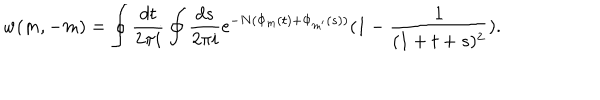
LaTeX: w ( m , - m ) = \oint \frac { d t } { 2 \pi i } \oint \frac { d s } { 2 \pi i } \mathrm { e } ^ { - N ( \Phi _ { m } ( t ) + \Phi _ { m ^ { \prime } } ( s ) ) } ( 1 - \frac { 1 } { ( 1 + t + s ) ^ { 2 } } ) .